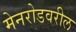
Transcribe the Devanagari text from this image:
मेनरोडवरील